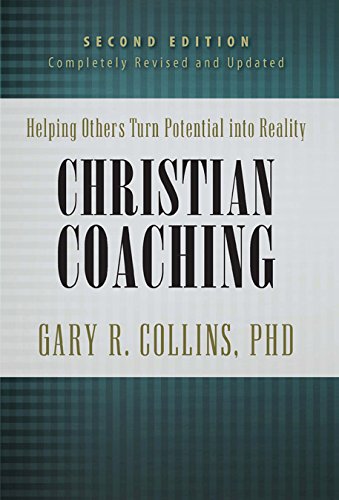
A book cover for Christian Coaching, Second Edition: Helping Others Turn Potential into Reality; Gary Collins; Christian Books & Bibles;